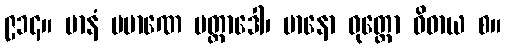
၉၁၄။ မာနံ ပမာဏေ ပတ္ထာဒေါ၊ မာနော ဝုတ္တော ဝိဓာယ စ။